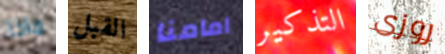
ماذا القبل امامنا التذكير روزى